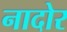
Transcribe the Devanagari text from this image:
नादोर